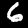
Label: 6